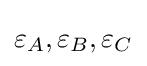
\varepsilon _{A},\varepsilon _{B},\varepsilon _{C}